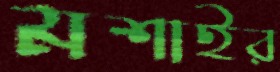
মশাইর